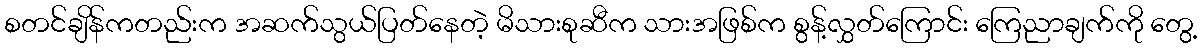
စတင်ချိန်ကတည်းက အဆက်သွယ်ပြတ်နေတဲ့ မိသားစုဆီက သားအဖြစ်က စွန့်လွှတ်ကြောင်း ကြေညာချက်ကို တွေ့